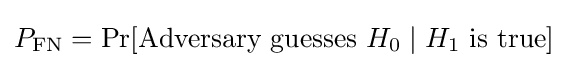
P_{\text{FN}}=\Pr[{\text{Adversary guesses }}H_{0}\mid H_{1}{\text{ is true}}]